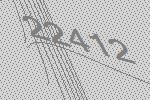
22412